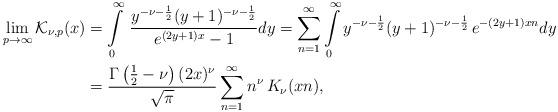
LaTeX: \begin{align*}\lim_{p\rightarrow\infty}\mathcal{K}_{\nu,p}(x) & =\intop_{0}^{\infty}\,\frac{y^{-\nu-\frac{1}{2}}(y+1)^{-\nu-\frac{1}{2}}}{e^{(2y+1)x}-1}dy=\sum_{n=1}^{\infty}\intop_{0}^{\infty}y^{-\nu-\frac{1}{2}}(y+1)^{-\nu-\frac{1}{2}}\,e^{-(2y+1)xn}dy\\ & =\frac{\Gamma\left(\frac{1}{2}-\nu\right)(2x)^{\nu}}{\sqrt{\pi}}\sum_{n=1}^{\infty}n^{\nu}\,K_{\nu}(xn),\end{align*}